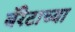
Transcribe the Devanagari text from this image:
बॅरेटाच्या